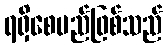
ရရှိစေမည်ဖြစ်သည်